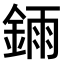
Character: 𫒧